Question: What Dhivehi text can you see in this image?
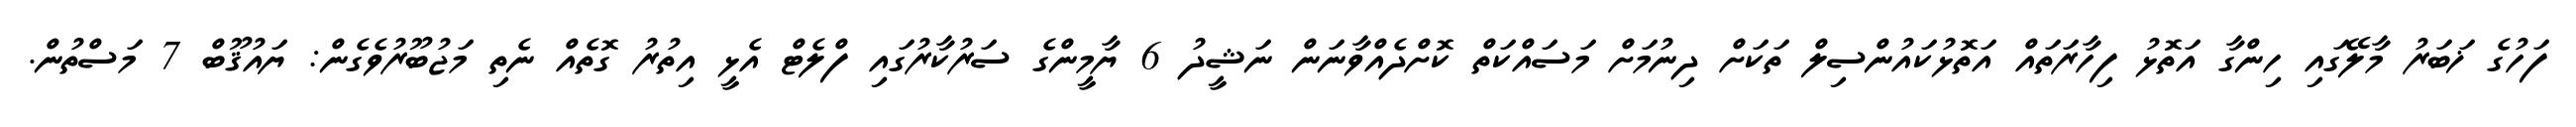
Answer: ފަހުގެ ޚަބަރު މާލޭގައި ހިންގާ އަތޮޅު ފިހާރަތައް އަތޮޅުކައުންސިލް ތަކަށް ދިނުމަށް މަސައްކަތް ކޮށްދެއްވާނަން ނަޝީދު 6 ޔާމީންގެ ސަރުކާރުގައި ފްލެޓް އެޅީ އިތުރު ގޮތެއް ނެތި މަޖުބޫރުވެގެން: ޔައުޤޫބް 7 މަސްތުން.